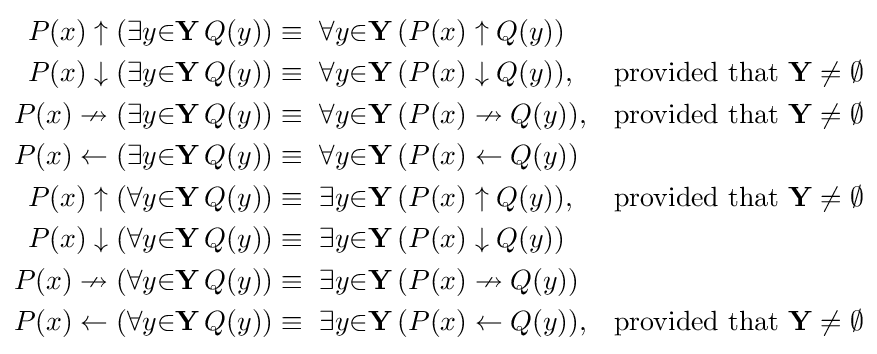
{\begin{aligned}P(x)\uparrow (\exists {y}{\in }\mathbf {Y} \,Q(y))&\equiv \ \forall {y}{\in }\mathbf {Y} \,(P(x)\uparrow Q(y))\\P(x)\downarrow (\exists {y}{\in }\mathbf {Y} \,Q(y))&\equiv \ \forall {y}{\in }\mathbf {Y} \,(P(x)\downarrow Q(y)),&{\text{provided that }}\mathbf {Y} \neq \emptyset \\P(x)\nrightarrow (\exists {y}{\in }\mathbf {Y} \,Q(y))&\equiv \ \forall {y}{\in }\mathbf {Y} \,(P(x)\nrightarrow Q(y)),&{\text{provided that }}\mathbf {Y} \neq \emptyset \\P(x)\gets (\exists {y}{\in }\mathbf {Y} \,Q(y))&\equiv \ \forall {y}{\in }\mathbf {Y} \,(P(x)\gets Q(y))\\P(x)\uparrow (\forall {y}{\in }\mathbf {Y} \,Q(y))&\equiv \ \exists {y}{\in }\mathbf {Y} \,(P(x)\uparrow Q(y)),&{\text{provided that }}\mathbf {Y} \neq \emptyset \\P(x)\downarrow (\forall {y}{\in }\mathbf {Y} \,Q(y))&\equiv \ \exists {y}{\in }\mathbf {Y} \,(P(x)\downarrow Q(y))\\P(x)\nrightarrow (\forall {y}{\in }\mathbf {Y} \,Q(y))&\equiv \ \exists {y}{\in }\mathbf {Y} \,(P(x)\nrightarrow Q(y))\\P(x)\gets (\forall {y}{\in }\mathbf {Y} \,Q(y))&\equiv \ \exists {y}{\in }\mathbf {Y} \,(P(x)\gets Q(y)),&{\text{provided that }}\mathbf {Y} \neq \emptyset \\\end{aligned}}